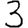
Digit: 3